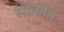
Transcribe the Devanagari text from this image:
सोकीत